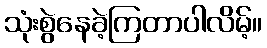
သုံးစွဲနေခဲ့ကြတာပါလိမ့်။